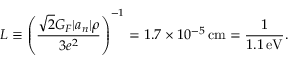
L \equiv \left( \frac { \sqrt { 2 } G _ { F } | a _ { n } | \rho } { 3 e ^ { 2 } } \right) ^ { - 1 } = 1 . 7 \times 1 0 ^ { - 5 } \, \mathrm { c m } = \frac { 1 } { 1 . 1 \, \mathrm { e V } } .